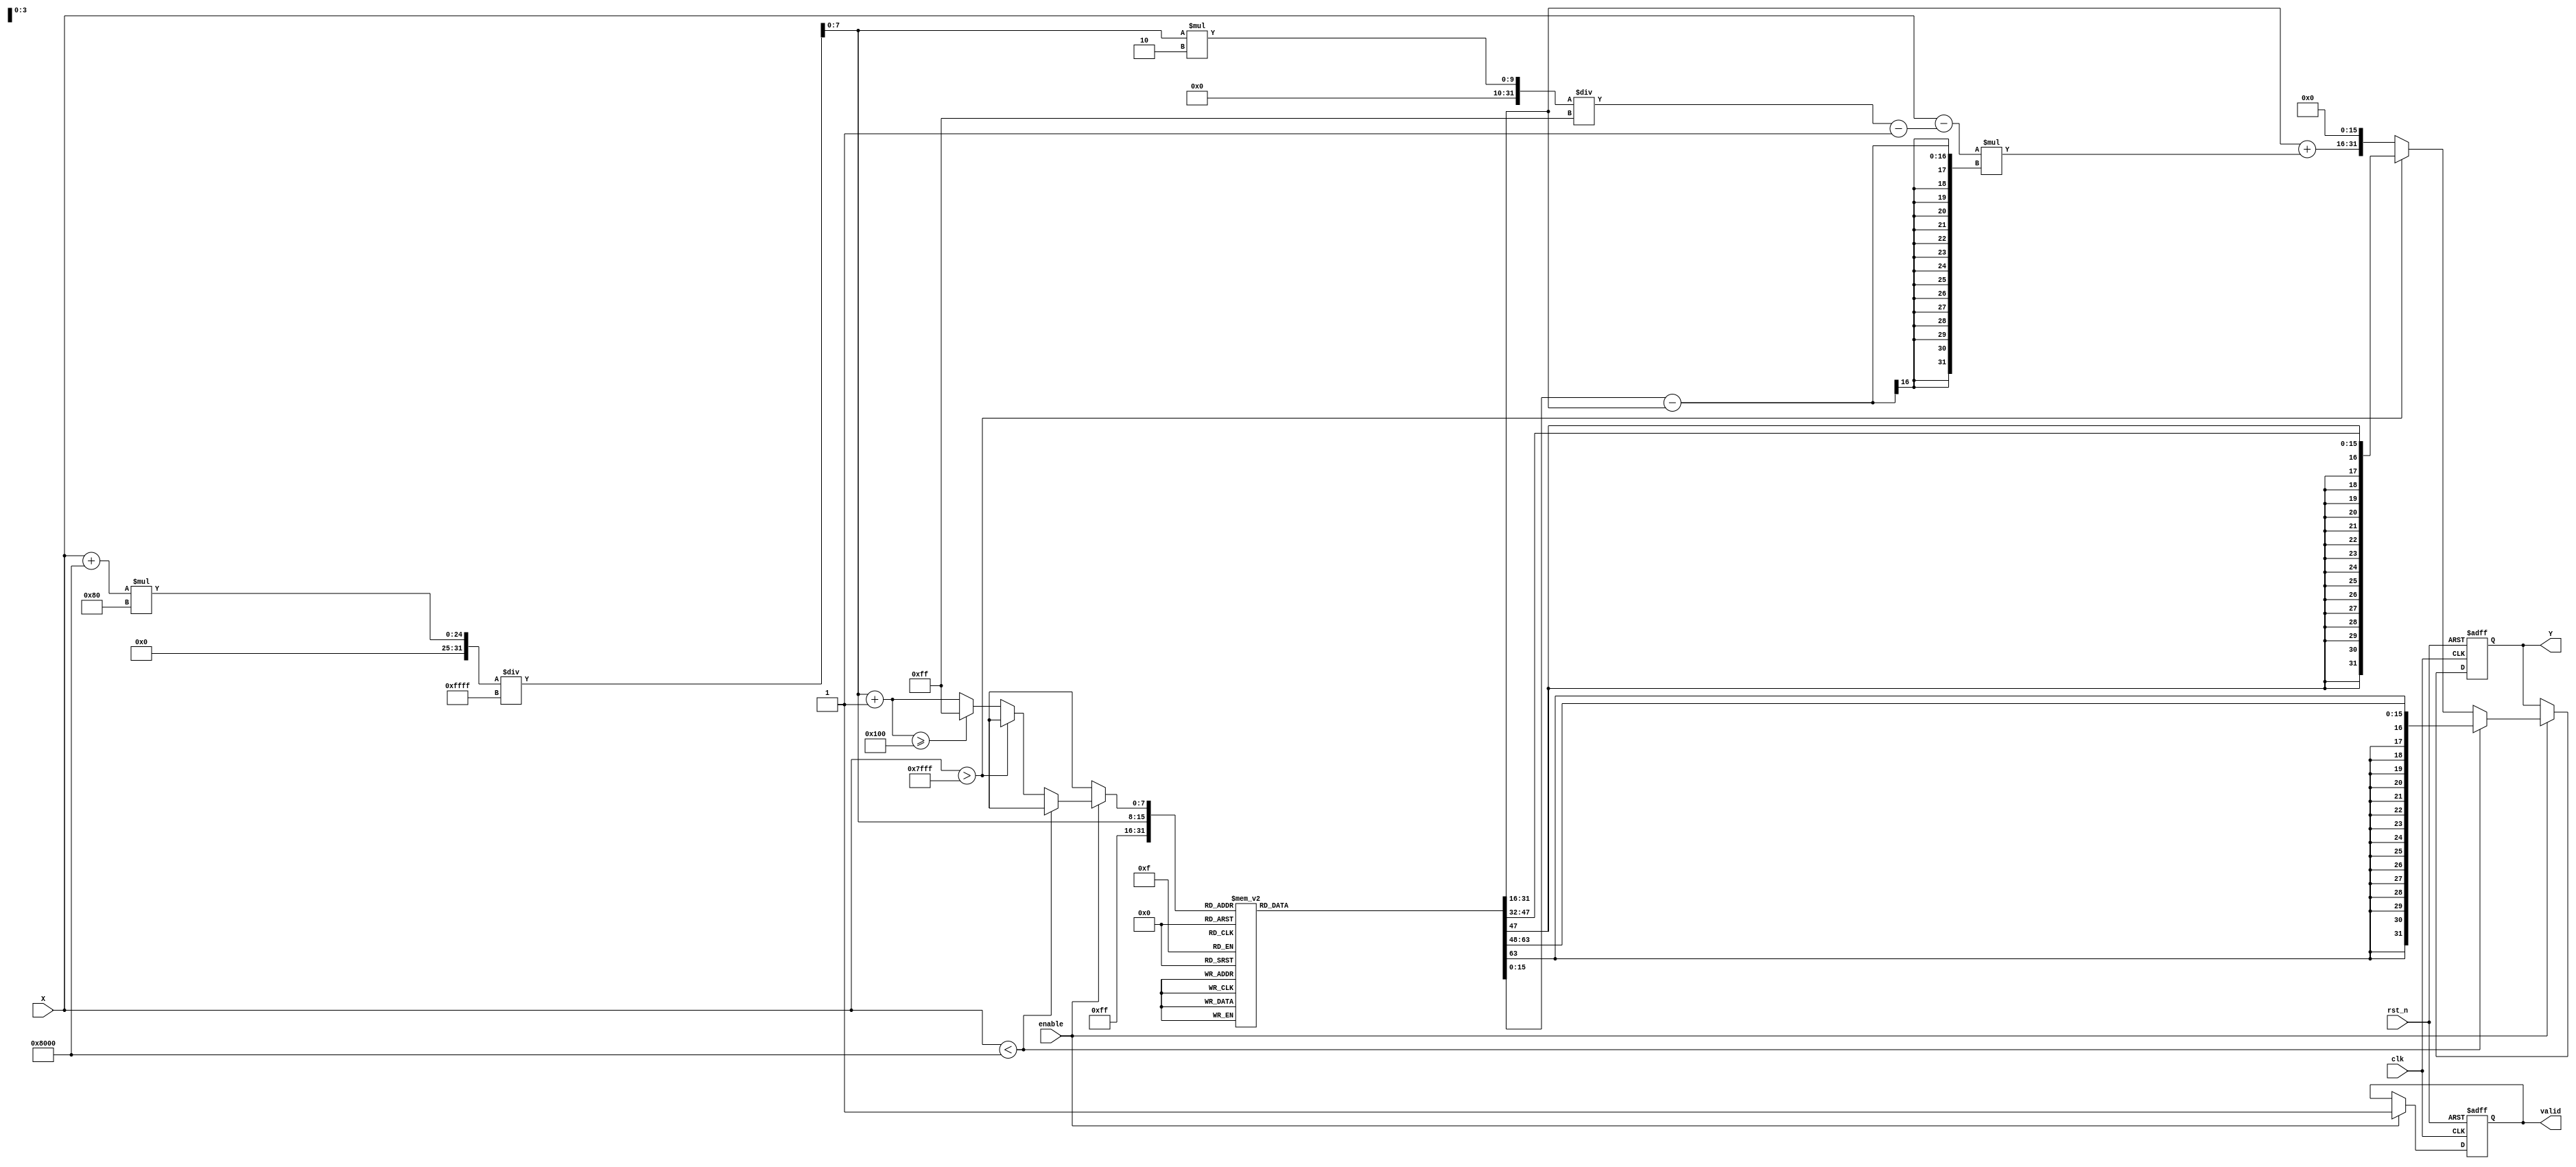
module asin_block (
    input wire clk,
    input wire rst_n,
    input wire enable,
    input wire signed [15:0] X, // Input signal in fixed-point representation
    output reg signed [31:0] Y,  // Output signal in fixed-point representation
    output reg valid              // Output valid signal
);

// Parameters
parameter LUT_SIZE = 256; // Size of the LUT
parameter LUT_WIDTH = 16;  // Width of LUT entries
parameter OUTPUT_WIDTH = 32; // Width of output angle

// LUT for asin values (precomputed)
reg signed [LUT_WIDTH-1:0] asin_lut [0:LUT_SIZE-1];

// Initialize the LUT with precomputed asin values
initial begin
    // Populate the LUT with precomputed values of asin
    // This is a placeholder; actual values should be filled in
    // asin_lut[i] = asin(i / (LUT_SIZE/2.0) - 1); // Example computation
end

// Internal signals
reg signed [LUT_WIDTH-1:0] lut_value_0, lut_value_1;
reg [7:0] index_0, index_1;
reg signed [LUT_WIDTH-1:0] interpolated_value;
reg signed [LUT_WIDTH-1:0] delta;

// Range check and LUT access
always @(posedge clk or negedge rst_n) begin
    if (!rst_n) begin
        Y <= 0;
        valid <= 0;
    end else if (enable) begin
        // Clamp input to the range [-1, 1]
        if (X < -16'h8000) begin
            lut_value_0 = asin_lut[0]; // asin(-1)
            lut_value_1 = asin_lut[0]; // asin(-1)
            Y <= lut_value_0; // Output -/2
            valid <= 1;
        end else if (X > 16'h7FFF) begin
            lut_value_0 = asin_lut[LUT_SIZE-1]; // asin(1)
            lut_value_1 = asin_lut[LUT_SIZE-1]; // asin(1)
            Y <= lut_value_0; // Output /2
            valid <= 1;
        end else begin
            // Normalize input to [0, 1] for LUT indexing
            index_0 = (X + 16'h8000) * (LUT_SIZE/2) / 16'hFFFF; // Scale to LUT size
            index_1 = index_0 + 1; // Next index

            // Ensure index_1 does not exceed LUT_SIZE
            if (index_1 >= LUT_SIZE) begin
                index_1 = LUT_SIZE - 1;
            end
            
            // Access LUT values
            lut_value_0 = asin_lut[index_0];
            lut_value_1 = asin_lut[index_1];

            // Linear interpolation
            delta = (X - (index_0 * 2 / (LUT_SIZE - 1) - 1)) * (lut_value_1 - lut_value_0);
            interpolated_value = lut_value_0 + delta;

            // Scale output to desired format
            Y <= interpolated_value << (OUTPUT_WIDTH - LUT_WIDTH); // Adjust for output width
            valid <= 1;
        end
    end
end

endmodule